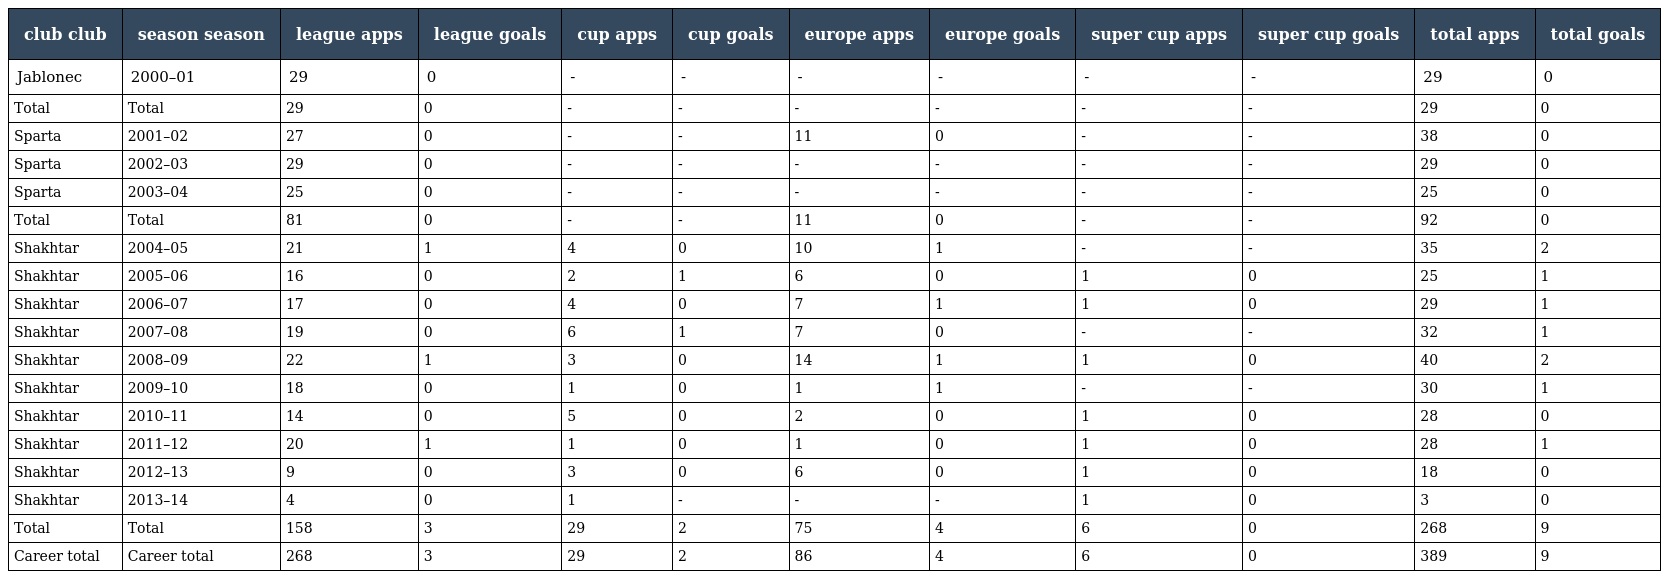
| club club | season season | league apps | league goals | cup apps | cup goals | europe apps | europe goals | super cup apps | super cup goals | total apps | total goals |
 | --- | --- | --- | --- | --- | --- | --- | --- | --- | --- | --- | --- |
 | Jablonec | 2000–01 | 29 | 0 | - | - | - | - | - | - | 29 | 0 |
 | Total | Total | 29 | 0 | - | - | - | - | - | - | 29 | 0 |
 | Sparta | 2001–02 | 27 | 0 | - | - | 11 | 0 | - | - | 38 | 0 |
 | Sparta | 2002–03 | 29 | 0 | - | - | - | - | - | - | 29 | 0 |
 | Sparta | 2003–04 | 25 | 0 | - | - | - | - | - | - | 25 | 0 |
 | Total | Total | 81 | 0 | - | - | 11 | 0 | - | - | 92 | 0 |
 | Shakhtar | 2004–05 | 21 | 1 | 4 | 0 | 10 | 1 | - | - | 35 | 2 |
 | Shakhtar | 2005–06 | 16 | 0 | 2 | 1 | 6 | 0 | 1 | 0 | 25 | 1 |
 | Shakhtar | 2006–07 | 17 | 0 | 4 | 0 | 7 | 1 | 1 | 0 | 29 | 1 |
 | Shakhtar | 2007–08 | 19 | 0 | 6 | 1 | 7 | 0 | - | - | 32 | 1 |
 | Shakhtar | 2008–09 | 22 | 1 | 3 | 0 | 14 | 1 | 1 | 0 | 40 | 2 |
 | Shakhtar | 2009–10 | 18 | 0 | 1 | 0 | 1 | 1 | - | - | 30 | 1 |
 | Shakhtar | 2010–11 | 14 | 0 | 5 | 0 | 2 | 0 | 1 | 0 | 28 | 0 |
 | Shakhtar | 2011–12 | 20 | 1 | 1 | 0 | 1 | 0 | 1 | 0 | 28 | 1 |
 | Shakhtar | 2012–13 | 9 | 0 | 3 | 0 | 6 | 0 | 1 | 0 | 18 | 0 |
 | Shakhtar | 2013–14 | 4 | 0 | 1 | - | - | - | 1 | 0 | 3 | 0 |
 | Total | Total | 158 | 3 | 29 | 2 | 75 | 4 | 6 | 0 | 268 | 9 |
 | Career total | Career total | 268 | 3 | 29 | 2 | 86 | 4 | 6 | 0 | 389 | 9 |